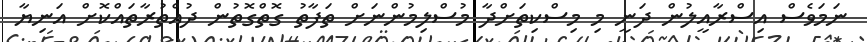
ނަމަވެސް އިސްރާއީލުން ދަނީ މި މިސްކިތަށްދާ މުސްލިމުންނަށް ތަފާތު ގޮތްގޮތުން ދުއްތުރާތައްކޮށް އަނިޔާ